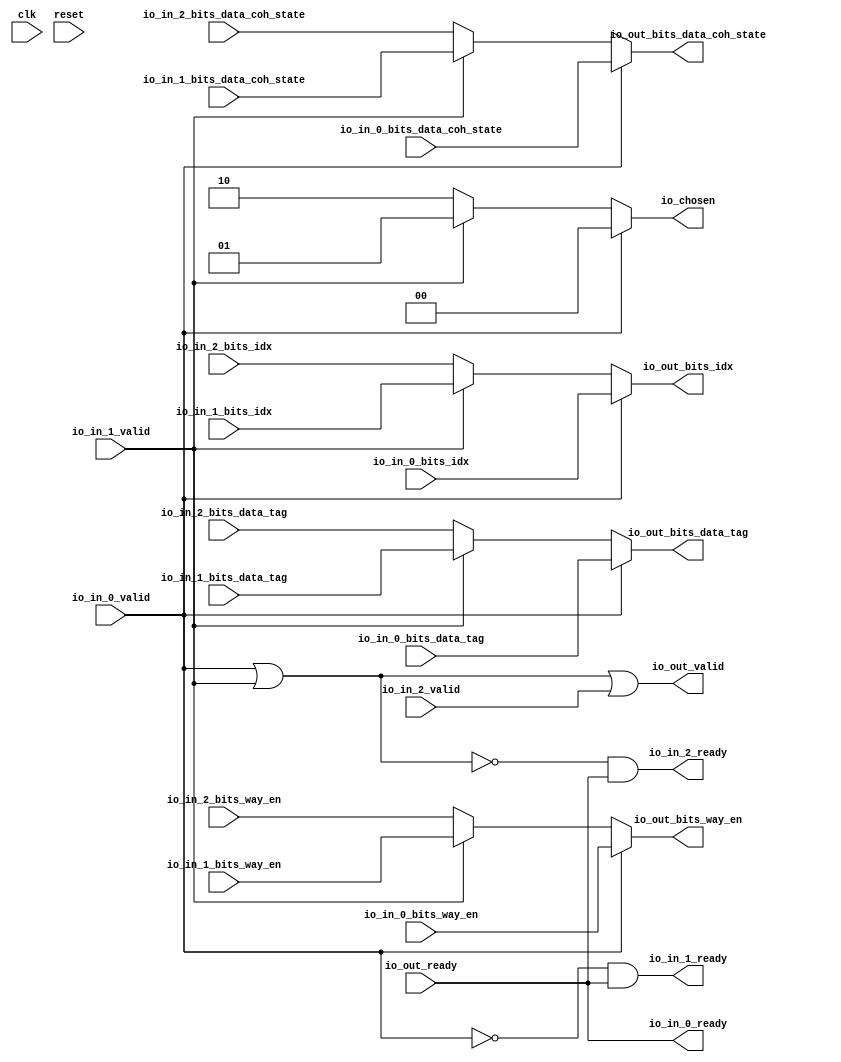
module Arbiter_1(
  input   clk,
  input   reset,
  output  io_in_0_ready,
  input   io_in_0_valid,
  input  [6:0] io_in_0_bits_idx,
  input   io_in_0_bits_way_en,
  input  [18:0] io_in_0_bits_data_tag,
  input  [1:0] io_in_0_bits_data_coh_state,
  output  io_in_1_ready,
  input   io_in_1_valid,
  input  [6:0] io_in_1_bits_idx,
  input   io_in_1_bits_way_en,
  input  [18:0] io_in_1_bits_data_tag,
  input  [1:0] io_in_1_bits_data_coh_state,
  output  io_in_2_ready,
  input   io_in_2_valid,
  input  [6:0] io_in_2_bits_idx,
  input   io_in_2_bits_way_en,
  input  [18:0] io_in_2_bits_data_tag,
  input  [1:0] io_in_2_bits_data_coh_state,
  input   io_out_ready,
  output  io_out_valid,
  output [6:0] io_out_bits_idx,
  output  io_out_bits_way_en,
  output [18:0] io_out_bits_data_tag,
  output [1:0] io_out_bits_data_coh_state,
  output [1:0] io_chosen
);
  wire [1:0] GEN_0;
  wire [6:0] GEN_1;
  wire  GEN_2;
  wire [18:0] GEN_3;
  wire [1:0] GEN_4;
  wire [1:0] GEN_5;
  wire [6:0] GEN_6;
  wire  GEN_7;
  wire [18:0] GEN_8;
  wire [1:0] GEN_9;
  wire  T_2822;
  wire  T_2824;
  wire  T_2826;
  wire  T_2828;
  wire  T_2829;
  wire  T_2831;
  wire  T_2832;
  assign io_in_0_ready = io_out_ready;
  assign io_in_1_ready = T_2828;
  assign io_in_2_ready = T_2829;
  assign io_out_valid = T_2832;
  assign io_out_bits_idx = GEN_6;
  assign io_out_bits_way_en = GEN_7;
  assign io_out_bits_data_tag = GEN_8;
  assign io_out_bits_data_coh_state = GEN_9;
  assign io_chosen = GEN_5;
  assign GEN_0 = io_in_1_valid ? 2'h1 : 2'h2;
  assign GEN_1 = io_in_1_valid ? io_in_1_bits_idx : io_in_2_bits_idx;
  assign GEN_2 = io_in_1_valid ? io_in_1_bits_way_en : io_in_2_bits_way_en;
  assign GEN_3 = io_in_1_valid ? io_in_1_bits_data_tag : io_in_2_bits_data_tag;
  assign GEN_4 = io_in_1_valid ? io_in_1_bits_data_coh_state : io_in_2_bits_data_coh_state;
  assign GEN_5 = io_in_0_valid ? 2'h0 : GEN_0;
  assign GEN_6 = io_in_0_valid ? io_in_0_bits_idx : GEN_1;
  assign GEN_7 = io_in_0_valid ? io_in_0_bits_way_en : GEN_2;
  assign GEN_8 = io_in_0_valid ? io_in_0_bits_data_tag : GEN_3;
  assign GEN_9 = io_in_0_valid ? io_in_0_bits_data_coh_state : GEN_4;
  assign T_2822 = io_in_0_valid | io_in_1_valid;
  assign T_2824 = io_in_0_valid == 1'h0;
  assign T_2826 = T_2822 == 1'h0;
  assign T_2828 = T_2824 & io_out_ready;
  assign T_2829 = T_2826 & io_out_ready;
  assign T_2831 = T_2826 == 1'h0;
  assign T_2832 = T_2831 | io_in_2_valid;
endmodule